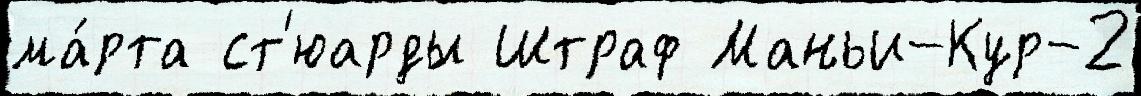
ма́рта ст'юарды Штраф Маньи-Кур-2